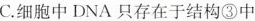
C.细胞中DNA只存在于结构③中